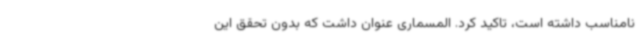
نامناسب داشته است، تاکید کرد. المسماری عنوان داشت که بدون تحقق این